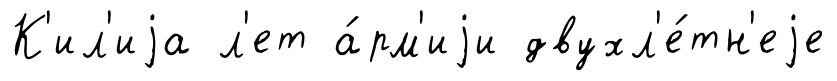
К'ил'иjа л'ет а́рм'иjи двухл'е́тн'еjе